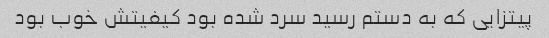
پیتزایی که به دستم رسید سرد شده بود کیفیتش خوب بود